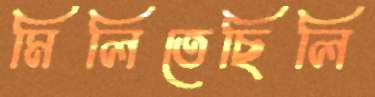
মিলিতেছিলি